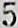
5